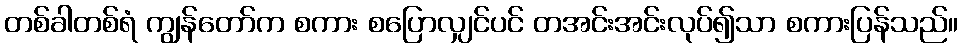
တစ်ခါတစ်ရံ ကျွန်တော်က စကား စပြောလျှင်ပင် တအင်းအင်းလုပ်၍သာ စကားပြန်သည်။